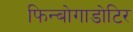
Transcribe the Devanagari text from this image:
फिन्बोगाडोटिर